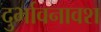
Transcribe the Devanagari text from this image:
दुर्भावनावश